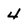
Character: 4